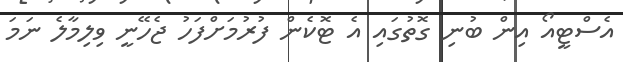
އެސްޓީއޯ އިން ބުނި ގޮތުގައި އެ ޓޮކެން ފުރުމަށްފަހު ޖެހޭނީ ވިލިމާލެ ނަމަ